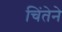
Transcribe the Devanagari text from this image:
चिंतेने